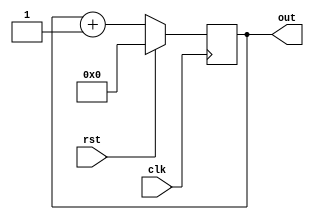
module program_counter 
(
	input clk,rst,
	output reg [3:0]out
);
	always @(posedge clk)
	begin
	if (rst == 1)
		out <= 0;
	else
		out <= out + 1;
	end
endmodule

module mux4_2
(
	input [1:0]s,
	input a,b,c,d,
	output out
);
	assign out = (s==0)?a:(s==1)?b:(s==2)?c:d;
endmodule

module mux2_1
(
	input s,
	input a,b,
	output out
);
	assign out = (s==0)?a:b;
endmodule

module fa
(
	input a,b, cin,
	output s,cout
);
	assign {cout,s} = a+b+cin;
endmodule

module alu1b
(
	input a,b,binv,cin,
	input [1:0]op,
	input less,
	output s,cout
);
	wire w1,w2,w3,w4,w5;
	not b1(w1,b);
	mux2_1 i(binv,a,w1,w2);
	fa j(a,w2,binv,w3,cout);
	and a1(w4,a,b);
	or o1(w5,a,b);
	mux4_2 k(op,w4,w5,w3,less,s);
endmodule

module alu_msb
(
	input a,b,binv,cin,
	input [1:0]op,
	input less,
	output out,cout,
	output set
);
	wire w6,w1,w2,w3,w4,w5;
	not b1(w1,b);
	mux2_1 i1(binv,b,w1,w2);
	fa j1(a,w2,cin,set,cout);
	and a11(w4,a,b);
	or o11(w5,a,b);
	mux4_2 k1(op,w4,w5,set,less,out);
endmodule	

module alu4b
(
	input [3:0]a,
	input [3:0]b,
	input binv,cin,
	input [1:0]operation,
	output [3:0]res,
	output cout
);
	wire w1,w2,w3,w4,w5;
	assign w5=0;
	alu1b obj1 (a[0],b[0],binv,cin,operation,w4,res[0],w1);
	alu1b obj2 (a[1],b[1],binv,w1,operation,w5,res[1],w2);
	alu1b obj3 (a[2],b[2],binv,w2,operation,w5,res[2],w3);
	alu_msb obj (a[3],b[3],binv,w3,operation,w5,res[3],cout,w4);
endmodule

module ins_mem
(
	input [3:0]address,
	input rst,
	output [7:0]instruction
);
	reg[7:0]memory[15:0];
	
	always @(*)
	begin
		if (rst)
			begin
	
				memory[0] <= 0;
				memory[1] <= 2;
				memory[2] <= 4;
				memory[3] <= 16;
				memory[4] <= 32;
				memory[5] <= 64;
				memory[6] <= 128;
				memory[7] <= 255;
				memory[8] <= 0;
				memory[9] <= 100;
				memory[10] <= 0;
				memory[11] <= 200;
				memory[12] <= 0;
				memory[13] <= 0;
				memory[14] <= 0;
				memory[15] <= 0;
			end
	end
	
	assign instruction = memory[address] ;
endmodule

module memory 
(
	input [3:0] write_data,
	input rw,reset,clk,
	input [3:0] address,
	output reg [3:0] read_data
);
	reg [3:0] mem [15:0];
	
	always @ (posedge clk)
	begin
	if (reset == 0)
	begin
	if (rw == 0)
	begin
	mem [address] <= write_data;
	end
	
	else
	begin
	read_data <= mem [address];
	end
	end
	
	else
	begin
	mem[0] <= 0;
	mem[1] <= 0;
	mem[2] <= 0;
	mem[3] <= 0;
	mem[4] <= 0;
	mem[5] <= 0;
	mem[6] <= 0;
	mem[7] <= 0;
	mem[8] <= 0;
	mem[9] <= 0;
	mem[10] <= 0;
	mem[11] <= 0;
	mem[12] <= 0;
	mem[13] <= 0;
	mem[14] <= 0;
	mem[15] <= 0;
	end
	end
endmodule

module reg_file(
		input [1:0]read_reg1,read_reg2,
		input [1:0]write_reg,
		input rw,
		input rst,clk,
		input [3:0]write_data,
		output reg [3:0]data_out1,data_out2);
reg [3:0]register[3:0];
always@(posedge clk)
begin
	if(rst)
	begin
		register[0]<=0;
		register[1]<=0;
		register[2]<=0;
		register[3]<=0;
	end
	else
	begin
		if(rw==0)
		begin
			register[write_reg]<=write_data;
		end
		else
		begin
			data_out1<=register[read_reg1];
			data_out2<=register[read_reg2];
		end
	end
end
endmodule


module merge_test_program_counter ();
	reg clk,rst;
	wire [3:0]out;
	
program_counter obj (clk,rst,out);

	always
	#3 clk = ~clk;
	
	initial
	begin
	clk = 0;rst = 1;
	#30 rst = 0;					
	end
endmodule	

module merge_alu_4b_test	();
	reg[3:0]a;
	reg[3:0]b;
	reg binv,cin;
	reg [1:0] operation;
	wire [3:0]res;
	wire cout;

alu4b obj (a,b,binv,cin,operation,res,cout);
initial
begin
	a=5;b=3;operation=2;binv=0;cin=0;
	#30 operation=2;binv=1;cin=1;
	#30 operation=3;
	#30 a=5;b=6;
end
endmodule	

module merge_test_im ();
reg [3:0]address;
reg rst;
wire [7:0]instruction;

ins_mem obj(address,rst,instruction);
initial
begin
#30 rst = 1;address = 5;
#30 address = 6;
end
endmodule

module merge_memory_test ();
	reg[3:0] write_data;
	reg rw,reset,clk;
	reg [3:0] address;
	wire [3:0] read_data;

memory mem (write_data,rw,reset,clk,address,read_data);
	always
	#3 clk = ~clk;
	initial
	begin
	reset = 1;
	#30 reset = 0; clk = 0;
	#30 rw = 0; write_data = 5; address = 4;
	#30 rw = 1; address = 4;
	end
endmodule	

module merge_test_rf();

reg [1:0]read_reg1,read_reg2;
reg [1:0]write_reg;
reg rw;
reg rst,clk;
reg [3:0]write_data;
wire [3:0]data_out1,data_out2; 

reg_file rf(read_reg1,read_reg2,write_reg,rw,rst,clk,write_data,data_out1,data_out2);

always
#1 clk=~clk;

initial begin
rst=1; clk=0;
#10 rst=0;
#10 rw=1; read_reg1=1; read_reg2=3;
#10 rw=0; write_reg=1; write_data=5;
#10 rw=0; write_reg=3; write_data=15;
#10 rw=1; read_reg1=1; read_reg2=3;
end
endmodule